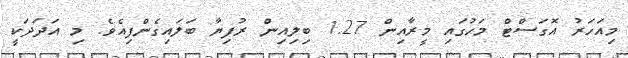
މިއަހަރު އޮގަސްޓް މަހުގައި މީރާއިން 1.27 ބިލިއިން ރުފިޔާ ބަލައިގެންފިއެވެ. މި އަދަދަކީ